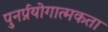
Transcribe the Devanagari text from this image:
पुनर्प्रयोगात्मकता